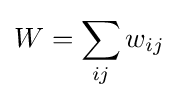
W=\sum _{ij}w_{ij}